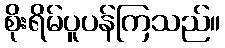
စိုးရိမ်ပူပန်ကြသည်။